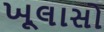
ખૂલાસો